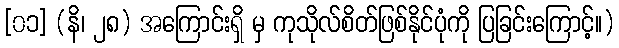
[၀၁] (နိ၊ ၂၈) အကြောင်းရှိ မှ ကုသိုလ်စိတ်ဖြစ်နိုင်ပုံကို ပြခြင်းကြောင့်။)